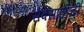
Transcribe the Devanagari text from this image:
सेवेसाठीची